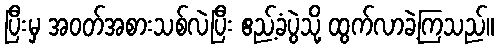
ပြီးမှ အဝတ်အစားသစ်လဲပြီး ဧည့်ခံပွဲသို့ ထွက်လာခဲ့ကြသည်။